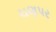
ચણપર